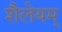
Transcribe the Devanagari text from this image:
शैलेयम्